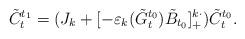
LaTeX: \begin{align*}\tilde{C}_t^{t_1} = (J_k + [-\varepsilon_k(\tilde{G}^{t_0}_t)\tilde{B}_{t_0}]^{k\cdot}_+)\tilde{C}^{t_0}_t.\end{align*}